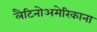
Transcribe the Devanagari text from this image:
लैटिनोअमेरिकाना